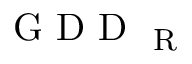
\mathrm { ~ G ~ D ~ D ~ } _ { \mathrm { ~ R ~ } }